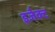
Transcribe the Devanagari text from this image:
इजैक्ट